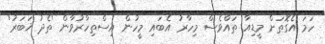
ހަމަ އެގޮތަށް މީޑިއާ ތައްވެސް މިހާރު އެބައި މީހުން އިސްތިހާރުވާން 'ތެދު ޚަބަރު'